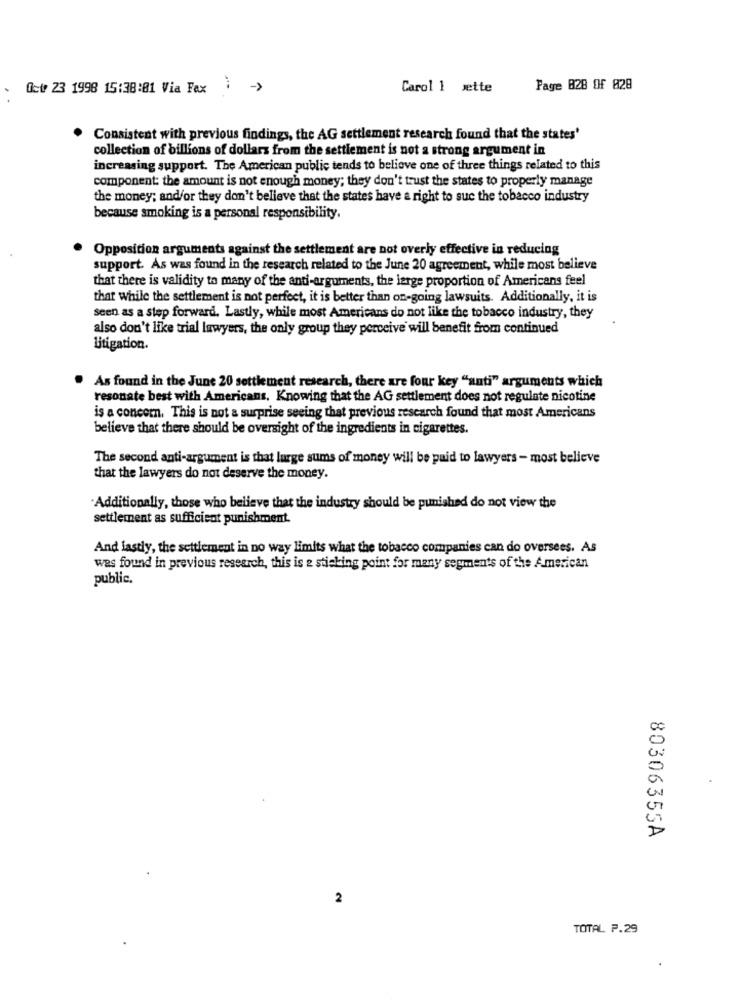
Oct 23 1998 15:38:01 Via Fax
Carol 1 ætte
Page 828 OF 828
Consistent with previous findings, the AG settlement research found that the states'
collection of billions of dollars from the settlement is not a strong argument in
increasing support. The American public tends to believe one of three things related to this
component: the amount is not enough money; they don't trust the states to properly manage
the money; and/or they don't believe that the states have a right to suc the tobacco industry
because smoking is a personal responsibility.
Opposition arguments against the settlement are not overly effective in reducing
support. As was found in the research related to the June 20 agreement, while most believe
that there is validity to many of the anti-arguments, the large proportion of Americans feel
that while the settlement is not perfect, it is better than on-going lawsuits. Additionally, it is
seen as a step forward. Lastly, while most Americans do not like the tobacco industry, they
also don't like trial lawyers, the only group they perceive will benefit from continued
litigation.
As found in the June 20 settlement research, there are four key "anti" arguments which
resonate best with Americans, Knowing that the AG settlement does not regulate nicotine
is a concern, This is not a surprise seeing that previous research found that most Americans
believe that there should be oversight of the ingredients in cigarettes.
The second anti-argument is that large sums of money will be paid to lawyers - most believe
that the lawyers do not deserve the money.
"Additionally, those who believe that the industry should be punished do not view the
settlement as sufficient punishment.
And lastly, the settlement in no way limits what the tobacco companies can do oversees. As
was found in previous research, this is e sticking point for many segments of the American
public.
80306355A
2
TOTAL P.29